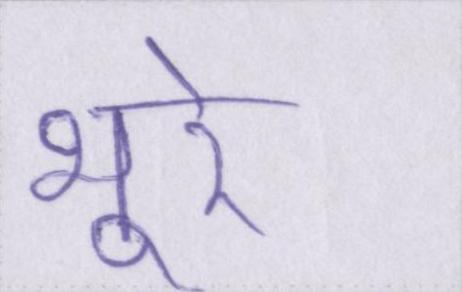
भूरे